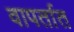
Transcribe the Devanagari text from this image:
वापर्तात